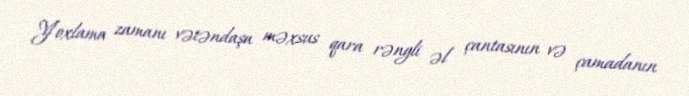
Yoxlama zamanı vətəndaşa məxsus qara rəngli əl çantasının və çamadanın